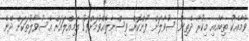
ވުމާއެކު ތިބާއާއި މިކުރާ ދެތިން ސުވާލަށް ފުންކޮށް ވިސްނާލެއްވުމަށްފަހު އަމިއްލައަށް އެސުވާލުތަކަށް ދޭނެ